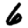
Digit: 6